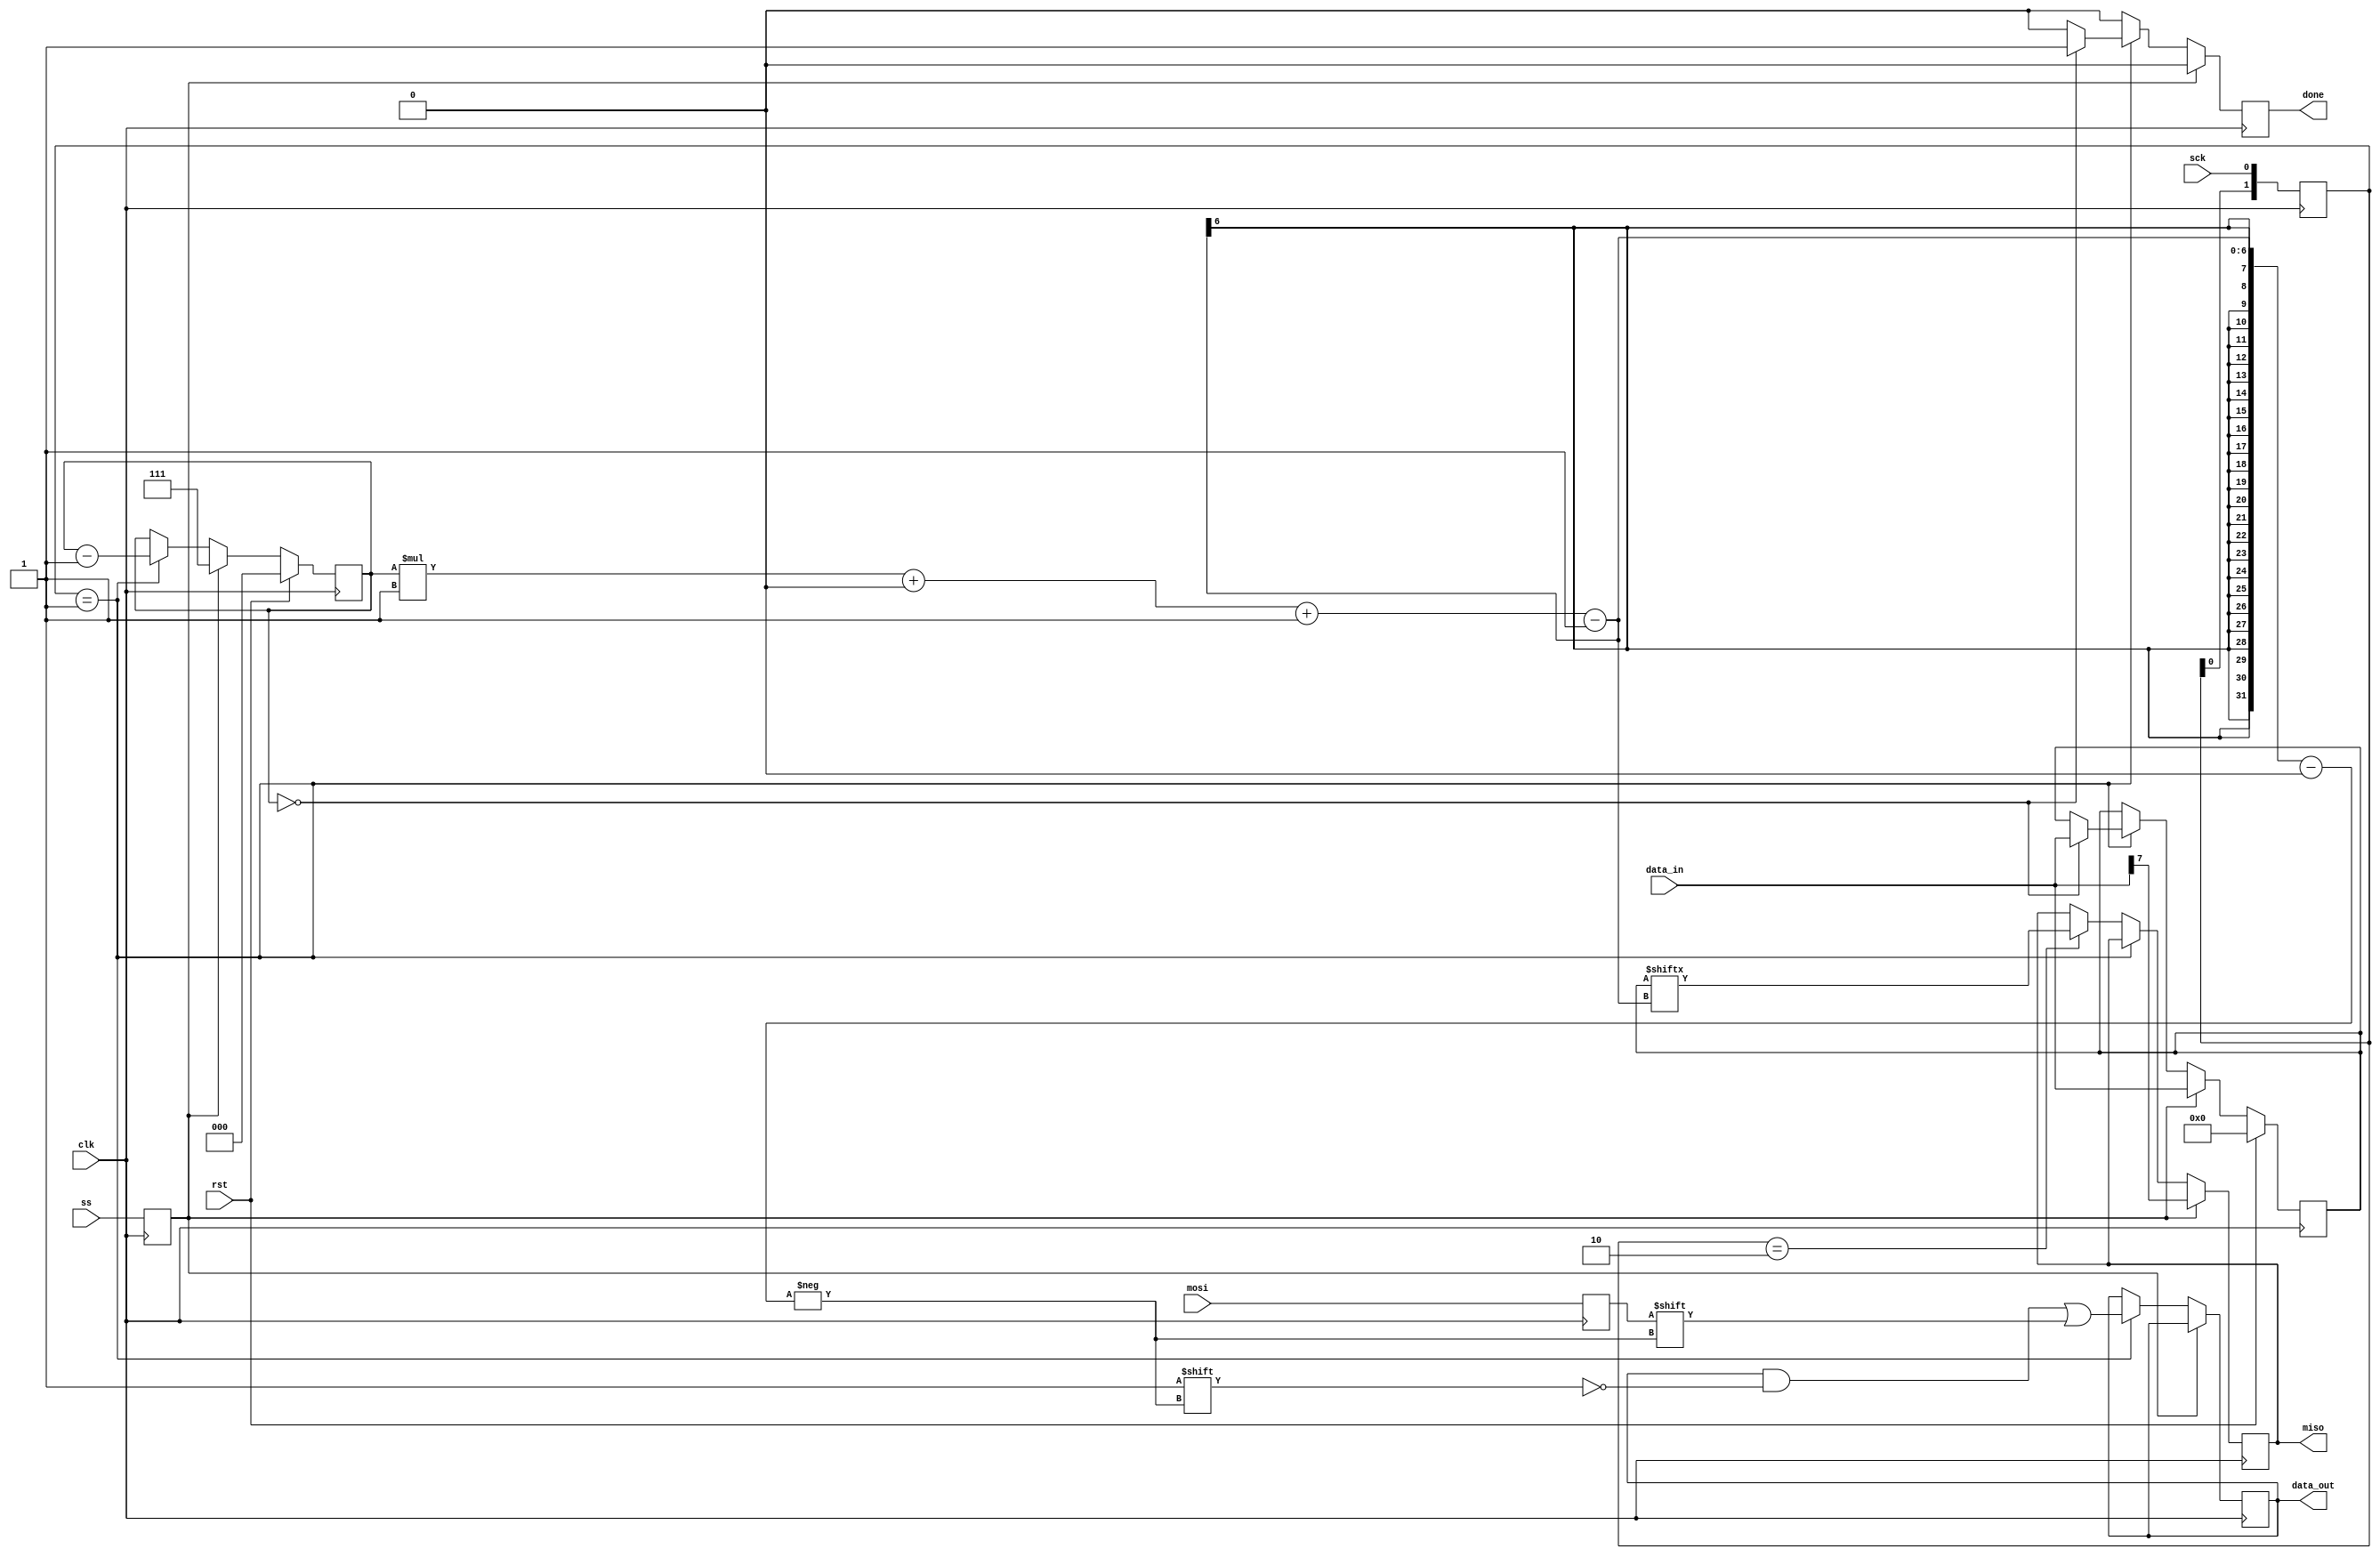
module spi_slave_5 (
    input clk,
    input rst,
    input ss,
    input mosi,
    output reg miso,
    input sck,
    output reg done,
    input [7:0] data_in,
    output reg [7:0] data_out
  );
  
  localparam CPOL = 1'h0;
  localparam CPHA = 1'h0;
  
  
  reg [2:0] M_bit_ct_d, M_bit_ct_q = 1'h0;
  reg [7:0] M_data_d, M_data_q = 1'h0;
  reg M_mosi_reg_d, M_mosi_reg_q = 1'h0;
  reg M_miso_reg_d, M_miso_reg_q = 1'h0;
  reg [1:0] M_sck_reg_d, M_sck_reg_q = 1'h0;
  reg M_ss_reg_d, M_ss_reg_q = 1'h0;
  reg [7:0] M_data_out_reg_d, M_data_out_reg_q = 1'h0;
  reg M_done_reg_d, M_done_reg_q = 1'h0;
  
  always @* begin
    M_data_d = M_data_q;
    M_data_out_reg_d = M_data_out_reg_q;
    M_mosi_reg_d = M_mosi_reg_q;
    M_miso_reg_d = M_miso_reg_q;
    M_ss_reg_d = M_ss_reg_q;
    M_bit_ct_d = M_bit_ct_q;
    M_sck_reg_d = M_sck_reg_q;
    M_done_reg_d = M_done_reg_q;
    
    miso = M_miso_reg_q;
    done = M_done_reg_q;
    data_out = M_data_out_reg_q;
    M_ss_reg_d = ss;
    M_mosi_reg_d = mosi;
    M_sck_reg_d = {M_sck_reg_q[0+0-:1], sck};
    M_done_reg_d = 1'h0;
    if (M_ss_reg_q) begin
      M_bit_ct_d = 3'h7;
      M_data_d = data_in;
      M_miso_reg_d = data_in[7+0-:1];
    end else begin
      if (M_sck_reg_q == 2'h1) begin
        M_data_out_reg_d[(M_bit_ct_q)*1+0-:1] = M_mosi_reg_q;
        M_bit_ct_d = M_bit_ct_q - 1'h1;
        if (M_bit_ct_q == 1'h0) begin
          M_done_reg_d = 1'h1;
          M_data_d = data_in;
        end
      end else begin
        if (M_sck_reg_q == 2'h2) begin
          M_miso_reg_d = M_data_q[(M_bit_ct_q)*1+0-:1];
        end
      end
    end
  end
  
  always @(posedge clk) begin
    M_mosi_reg_q <= M_mosi_reg_d;
    M_miso_reg_q <= M_miso_reg_d;
    M_sck_reg_q <= M_sck_reg_d;
    M_ss_reg_q <= M_ss_reg_d;
    M_data_out_reg_q <= M_data_out_reg_d;
    M_done_reg_q <= M_done_reg_d;
    
    if (rst == 1'b1) begin
      M_bit_ct_q <= 1'h0;
      M_data_q <= 1'h0;
    end else begin
      M_bit_ct_q <= M_bit_ct_d;
      M_data_q <= M_data_d;
    end
  end
  
endmodule